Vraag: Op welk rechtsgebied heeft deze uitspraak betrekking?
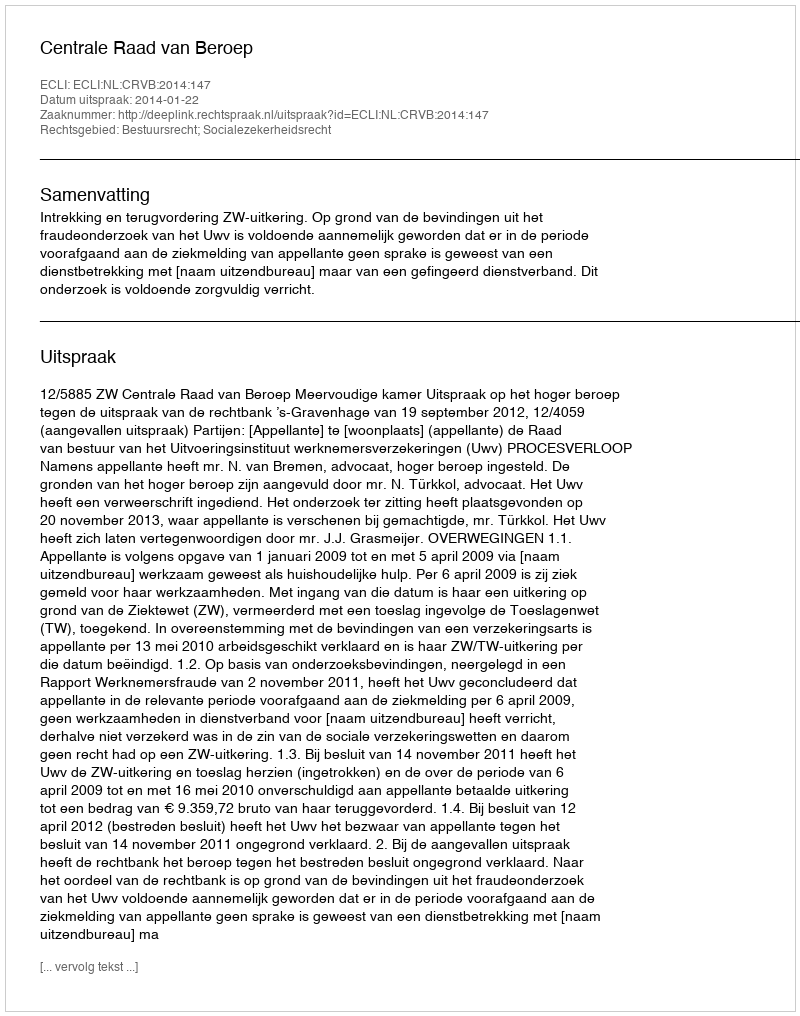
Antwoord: Bestuursrecht; Socialezekerheidsrecht